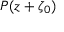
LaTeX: P ( z + \zeta _ { 0 } )